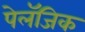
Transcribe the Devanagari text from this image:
पेलॅजिक